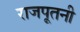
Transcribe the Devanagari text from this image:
राजपूतनी